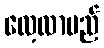
လေ့လာမည်